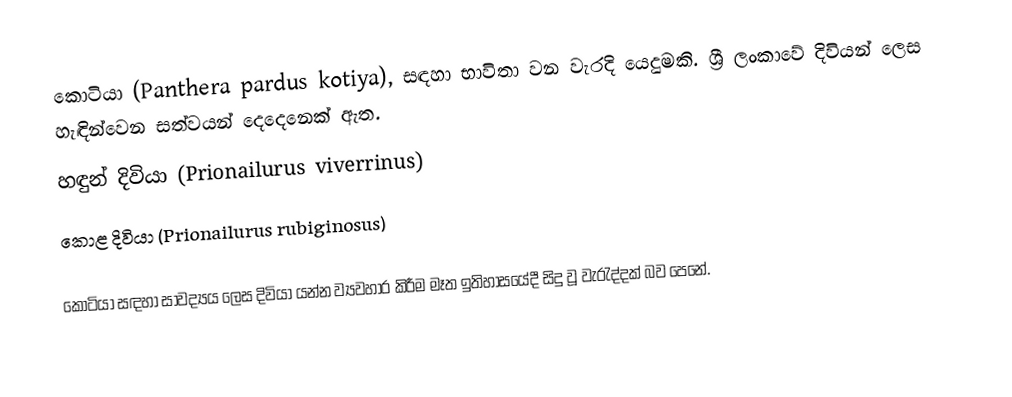
කොටියා (Panthera pardus kotiya), සඳහා භාවිතා වන වැරදි යෙදුමකි. ශ්‍රී ලංකාවේ දිවියන් ලෙස හැඳින්වෙන සත්වයන් දෙදෙනෙක් ඇත​.
 හඳුන් දිවියා (Prionailurus viverrinus)
 කොළ දිවියා (Prionailurus rubiginosus)

කොටියා සඳහා සාවද්‍යය ලෙස දිවියා යන්න ව්‍යවහාර කිරීම මෑත ඉතිහාසයේදී සිදු වූ වැරැද්දක් බව පෙනේ.